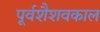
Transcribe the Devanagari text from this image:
पूर्वशैशवकाल